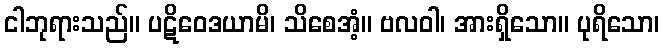
ငါဘုရားသည်။ ပဋိဝေဒယာမိ၊ သိစေအံ့။ ဗလဝါ၊ အားရှိသော။ ပုရိသော၊